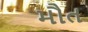
મૌત